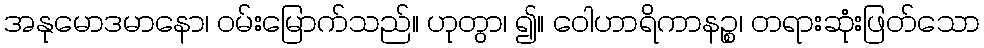
အနုမောဒမာနော၊ ဝမ်းမြောက်သည်။ ဟုတွာ၊ ၍။ ဝေါဟာရိကာနဉ္စ၊ တရားဆုံးဖြတ်သော